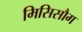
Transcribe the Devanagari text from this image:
मिसिसौग